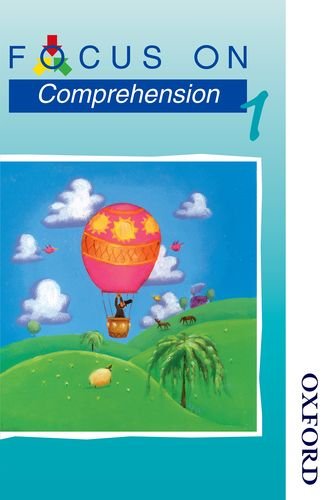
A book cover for Focus on Comprehension - 1 (Bk. 1); Louis Fidge; Teen & Young Adult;